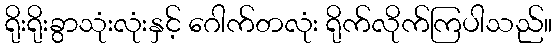
ရိုးရိုးခွာသုံးလုံးနှင့် ဂေါက်တလုံး ရိုက်လိုက်ကြပါသည်။